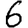
Digit: 6